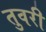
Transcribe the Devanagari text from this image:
तुवरी